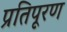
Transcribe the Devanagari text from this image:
प्रतिपूरण